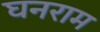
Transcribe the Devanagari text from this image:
घनराम